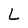
Character: L